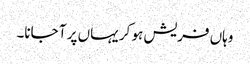
وہاں فریش ہو کر یہاں پر آ جانا۔